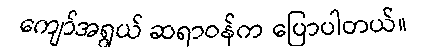
ကျော်အရွယ် ဆရာဝန်က ပြောပါတယ်။